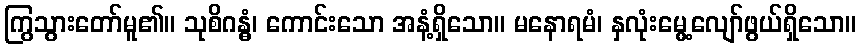
ကြွသွားတော်မူ၏။ သုစိဂန္ဓံ၊ ကောင်းသော အနံ့ရှိသော။ မနောရမံ၊ နှလုံးမွေ့လျော်ဖွယ်ရှိသော။